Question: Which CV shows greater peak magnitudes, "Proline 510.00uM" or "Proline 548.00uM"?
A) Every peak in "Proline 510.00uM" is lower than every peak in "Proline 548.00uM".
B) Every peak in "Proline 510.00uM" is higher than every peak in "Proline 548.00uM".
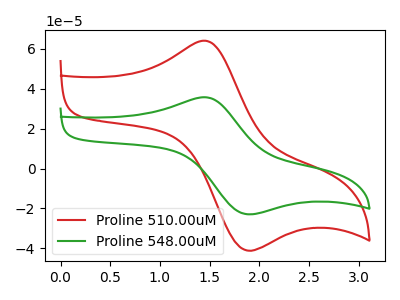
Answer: <think>The red curve "Proline 510.00uM" has an anodic peak at (1.45V, 64.10uA) and a cathodic peak at (1.85V, -40.80uA). The green curve "Proline 548.00uM" has an anodic peak at (1.45V, 35.75uA) and a cathodic peak at (1.85V, -22.75uA).</think>
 <answer>B) Every peak in "Proline 510.00uM" is higher than every peak in "Proline 548.00uM".</answer>
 <eval>B</eval>